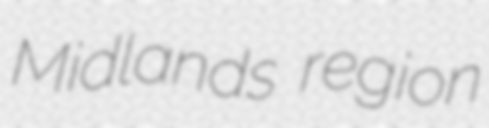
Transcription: Midlands region